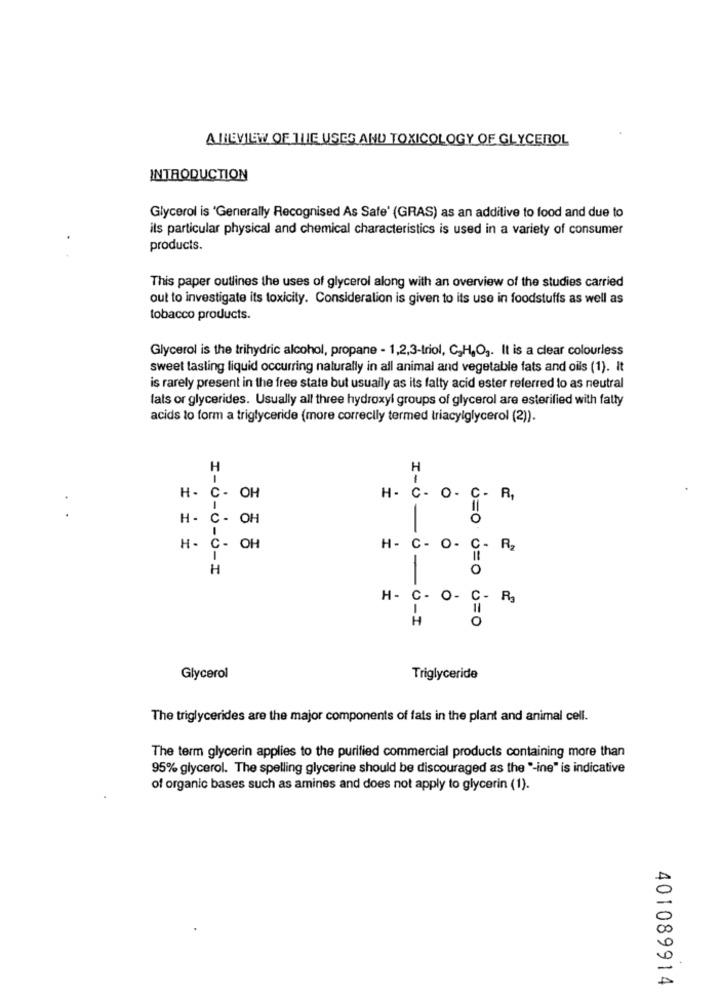
ATHEVIEW OF THE USES AND TOXICOLOGY OF GLYCEROL
INTRODUCTION
Glycerol is 'Generally Recognised As Safe' (GRAS) as an additive to food and due to
ils particular physical and chemical characteristics is used in a variety of consumer
products.
This paper outlines the uses of glycerol along with an overview of the studies carried
out to investigate its toxicity. Consideralion is given to its use in foodstuffs as well as
tobacco products.
Glycerol is the trihydric alcohol, propane - 1,2,3-triol, C,H,O ,. It is a clear colourless
sweet tasting liquid occurring naturally in all animal and vegetable fats and oils (1). It
is rarely present in the free state but usually as its fatty acid ester referred to as neutral
fals or glycerides. Usually all three hydroxyl groups of glycerol are esterified with fatty
acids to form a triglyceride (more correctly termed triacylglycerol (2)).
H
H
H- C- OH
H- C- O- C- R,
..
H- C- OH
O
I-O-
H- C- OH
H -
C- O- C-
R2
1
H
0
H- C- O- C- R
11
H
-0-I
O
Glycerol
Triglyceride
The triglycerides are the major components of fats in the plant and animal cell.
The term glycerin applies to the purified commercial products containing more than
95% glycerol. The spelling glycerine should be discouraged as the "-ine" is indicative
of organic bases such as amines and does not apply to glycerin (1).
401089914